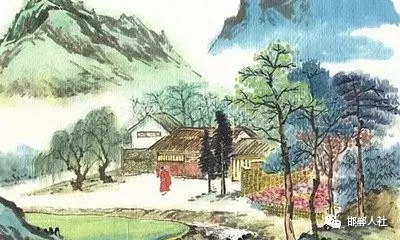
看似寻常最奇崛，成如容易却艰辛。